Civil Veterinary Dept. Bombay admin report 1923-31 - 1923-1931
Year: 1923
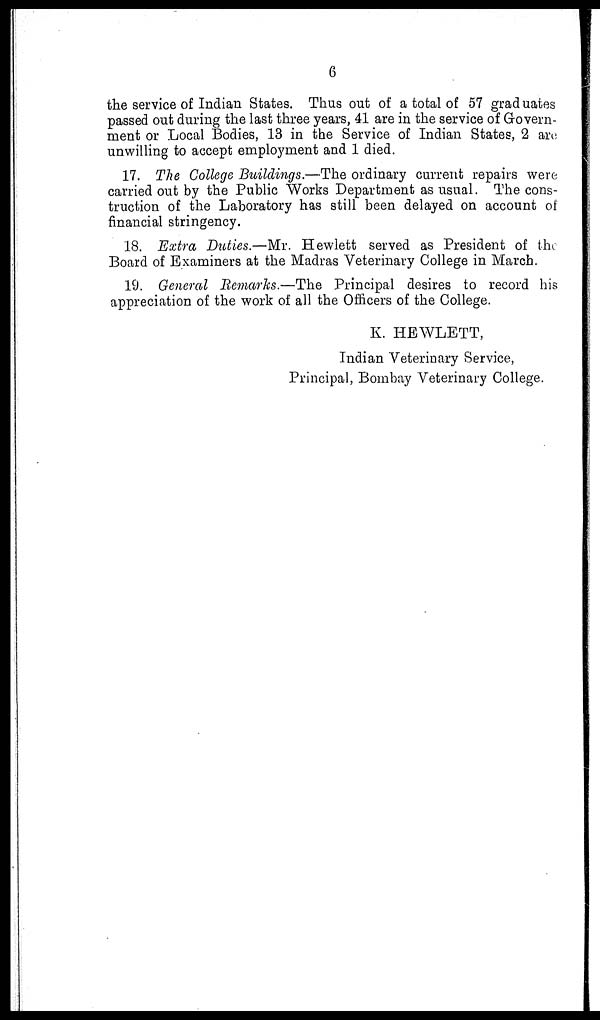
6
the service of Indian States. Thus out of a total of 57 graduates
passed out during the last three years, 41 are in the service of Govern-
ment or Local Bodies, 13 in the Service of Indian States, 2 are
unwilling to accept employment and 1 died.
17. The College Buildings.—The ordinary current repairs were
carried out by the Public Works Department as usual. The cons-
truction of the Laboratory has still been delayed on account of
financial stringency.
18. Extra Duties.—Mr. Hewlett served as President of the
Board of Examiners at the Madras Veterinary College in March.
19. General Remarks.—The Principal desires to record his
appreciation of the work of all the Officers of the College.
K. HEWLETT,
Indian Veterinary Service,
Principal, Bombay Veterinary College.